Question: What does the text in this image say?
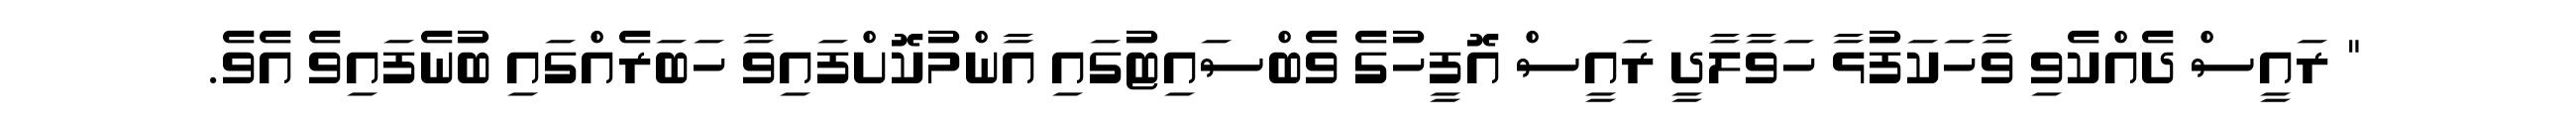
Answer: " ރައީސް ދެއްކެވި ވާހަކަފުޅާ ހަވާލާދީ ރައީސް އޮފީހުގެ ވެބްސައިޓުގައި އާންމުކޮށްފައިވާ ހަބަރެއްގައި ބުނެފައިވެ އެވެ.